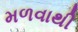
મળવાથી